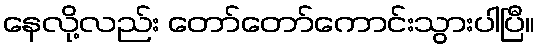
နေလို့လည်း တော်တော်ကောင်းသွားပါပြီ။